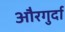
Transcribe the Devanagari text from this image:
औरगुर्दा